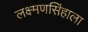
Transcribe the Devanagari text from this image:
लक्ष्मणसिंहाला